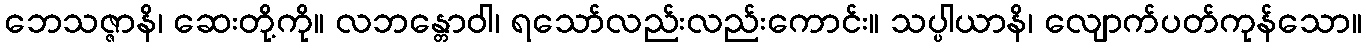
ဘေသဇ္ဇာနိ၊ ဆေးတို့ကို။ လဘန္တောဝါ၊ ရသော်လည်းလည်းကောင်း။ သပ္ပါယာနိ၊ လျောက်ပတ်ကုန်သော။